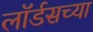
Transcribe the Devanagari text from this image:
लॉर्डसच्या